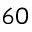
_ { 6 0 }